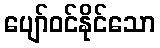
ပျော်ဝင်နိုင်သော